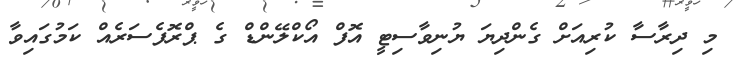
މި ދިރާސާ ކުރިއަށް ގެންދިޔަ ޔުނިވާސިޓީ އޮފް އޯކްލޭންޑް ގެ ޕްރޮފެސަރެއް ކަމުގައިވާ